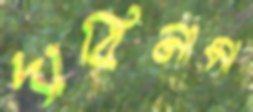
দাবিনামা